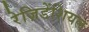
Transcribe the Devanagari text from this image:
रेज़िडेंशियल